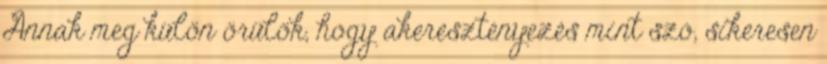
Annak meg külön örülök, hogy akeresztényezés mint szó, sikeresen